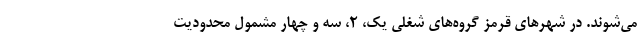
می‌شوند. در شهر‌های قرمز گروه‌های شغلی یک، ۲، سه و چهار مشمول محدودیت